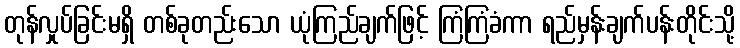
တုန်လှုပ်ခြင်းမရှိ တစ်ခုတည်းသော ယုံကြည်ချက်ဖြင့် ကြံကြံခံကာ ရည်မှန်းချက်ပန်းတိုင်းသို့